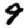
Digit: 9